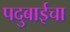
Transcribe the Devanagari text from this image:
पदुबाईचा